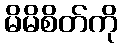
မိမိစိတ်ကို